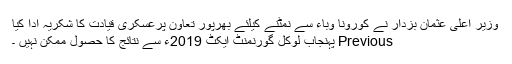
وزیر اعلیٰ عثمان بزدار نے کورونا وباء سے نمٹنے کیلئے بھرپور تعاون پرعسکری قیادت کا شکریہ ادا کیا
Previous پہنجاب لوکل گورنمنٹ ایکٹ 2019ء سے نتائج کا حصول ممکن نہیں ۔